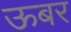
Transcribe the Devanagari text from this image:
ऊबर